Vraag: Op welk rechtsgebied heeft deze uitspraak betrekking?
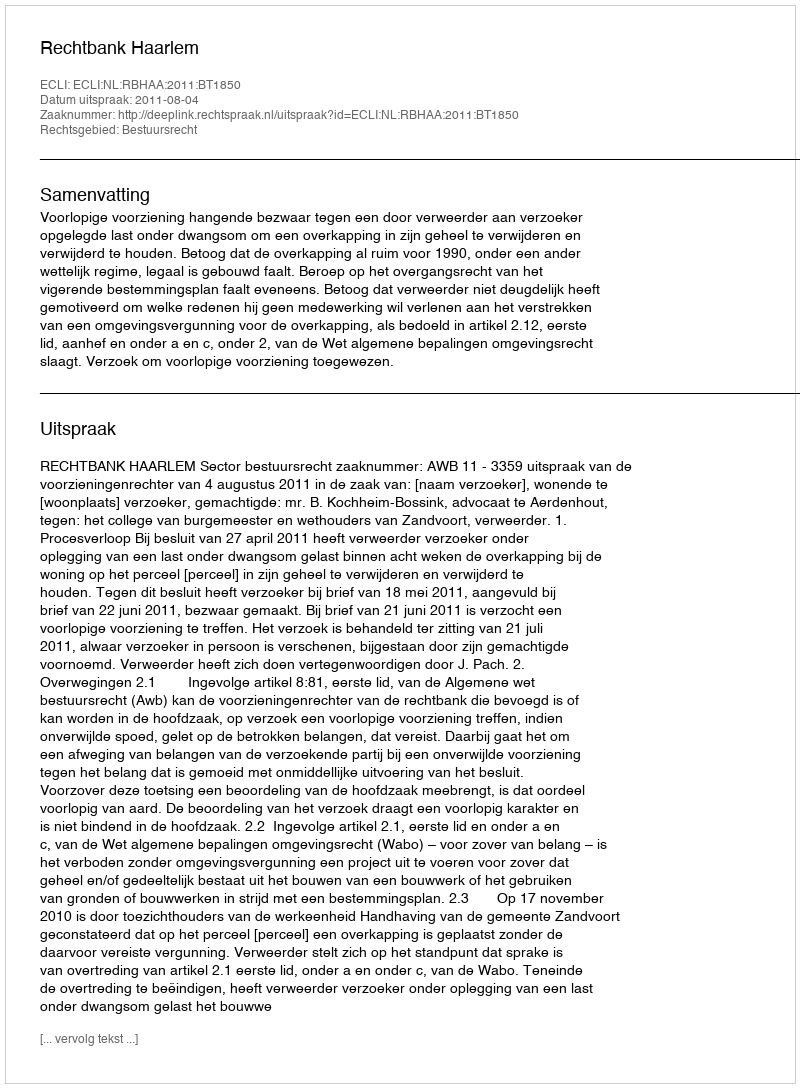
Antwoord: Bestuursrecht